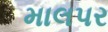
માલપર